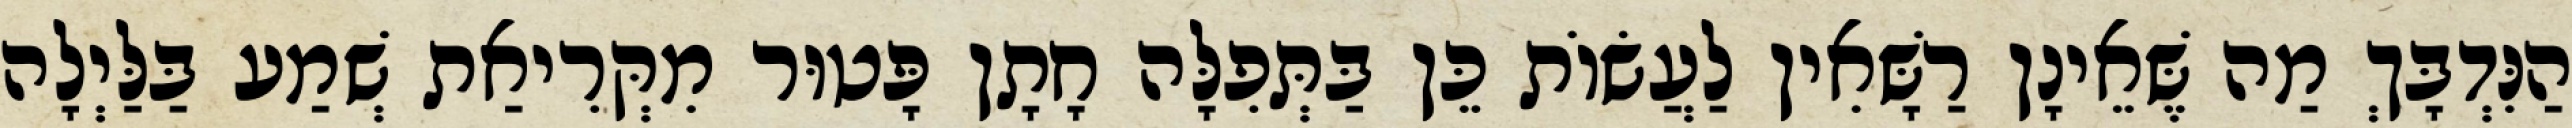
הַנִּדְבָּךְ מַה שֶּׁאֵינָן רַשָּׁאִין לַעֲשׂוֹת כֵּן בַּתְּפִלָּה חָתָן פָּטוּר מִקְּרִיאַת שְׁמַע בַּלַּיְלָה